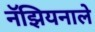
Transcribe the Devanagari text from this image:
नॅझियनाले